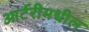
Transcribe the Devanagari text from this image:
आर्टरीमधील